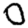
Digit: 0